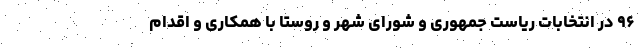
۹۶ در انتخابات ریاست جمهوری و شورای شهر و روستا با همکاری و اقدام